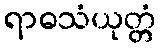
ရာဓသံယုတ္တံ